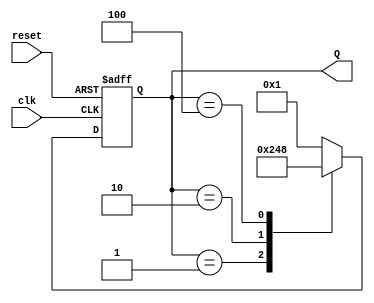
module ring_counter(
    input wire clk, // Clock input
    input wire reset, // Reset input
    output reg [3:0] Q // 4-bit output representing the states of the flip-flops
);

reg [3:0] next_Q; // Next state variable

always @(posedge clk or posedge reset) begin
    if (reset) begin
        Q <= 4'b0001; // Initialize state to 0001
    end else begin
        case(Q)
            4'b0001: next_Q = 4'b0010; // State transition from 0001 to 0010
            4'b0010: next_Q = 4'b0100; // State transition from 0010 to 0100
            4'b0100: next_Q = 4'b1000; // State transition from 0100 to 1000
            4'b1000: next_Q = 4'b0001; // State transition from 1000 to 0001
            default: next_Q = 4'b0001; // Default to state 0001
        endcase
        Q <= next_Q; // Update state
    end
end

endmodule